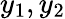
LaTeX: y_{1},y_{2}